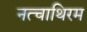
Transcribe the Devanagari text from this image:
नत्चाथिरम